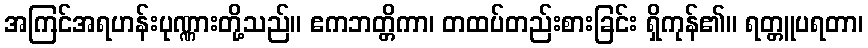
အကြင်အရဟန်းပုဏ္ဏားတို့သည်။ ဧကဘတ္တိကာ၊ တထပ်တည်းစားခြင်း ရှိကုန်၏။ ရတ္တူပရတာ၊